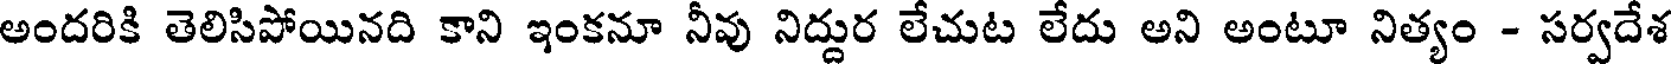
అందరికి తెలిసిపోయినది కాని ఇంకనూ నీవు నిద్దుర లేచుట లేదు అని అంటూ నిత్యం - సర్వదేశ